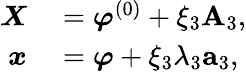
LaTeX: \begin{array}{rl}{\boldsymbol{X}}&{{}=\boldsymbol{\varphi}^{(0)}+\xi_{3}{\mathbf{A}}_{3},}\\ {\boldsymbol{x}}&{{}=\boldsymbol{\varphi}+\xi_{3}\lambda_{3}{\mathbf{a}}_{3},}\end{array}